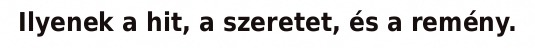
Ilyenek a hit, a szeretet, és a remény.